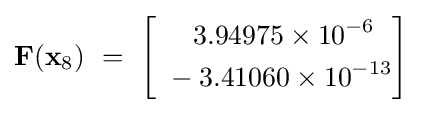
\mathbf {F} (\mathbf {x} _{8})~=~{\begin{bmatrix}{\begin{aligned}~&\quad 3.94975\times 10^{-6}\\~&-3.41060\times 10^{-13}\end{aligned}}\end{bmatrix}}